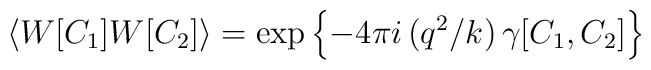
\left\langle W[C_1]W[C_2] \right\rangle = \exp \left\{-4\pi i\,(q^2/k)\,\gamma[C_1,C_2]\right\}